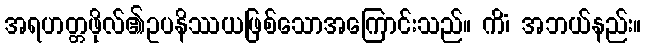
အရဟတ္တဖိုလ်၏ဥပနိဿယဖြစ်သောအကြောင်းသည်။ ကိံ၊ အဘယ်နည်း။